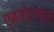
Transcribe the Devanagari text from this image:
एबनोरमल